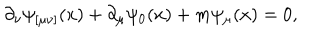
\partial _ { \nu } \psi _ { [ \mu \nu ] } ( x ) + \partial _ { \mu } \psi _ { 0 } ( x ) + m \psi _ { \mu } ( x ) = 0 ,